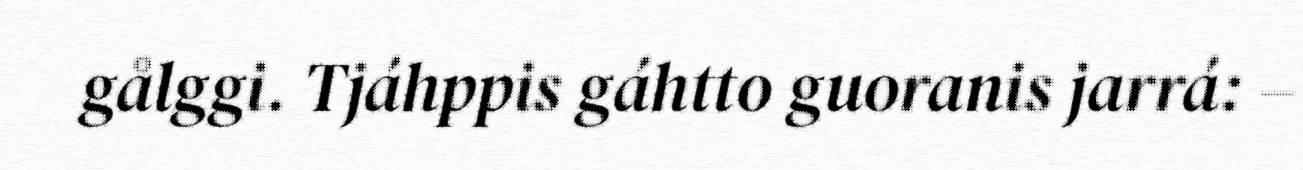
gålggi. Tjáhppis gáhtto guoranis jarrá: –